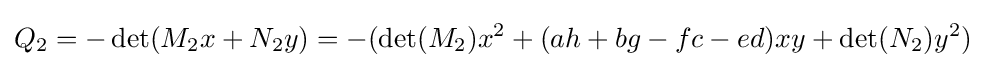
Q_{2}=-\det(M_{2}x+N_{2}y)=-(\det(M_{2})x^{2}+(ah+bg-fc-ed)xy+\det(N_{2})y^{2})